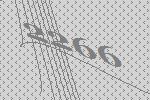
2266